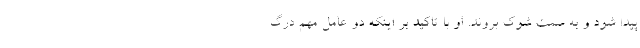
پیدا شود و به سمت شوک بروند. او با تاکید بر اینکه دو عامل مهم درگ